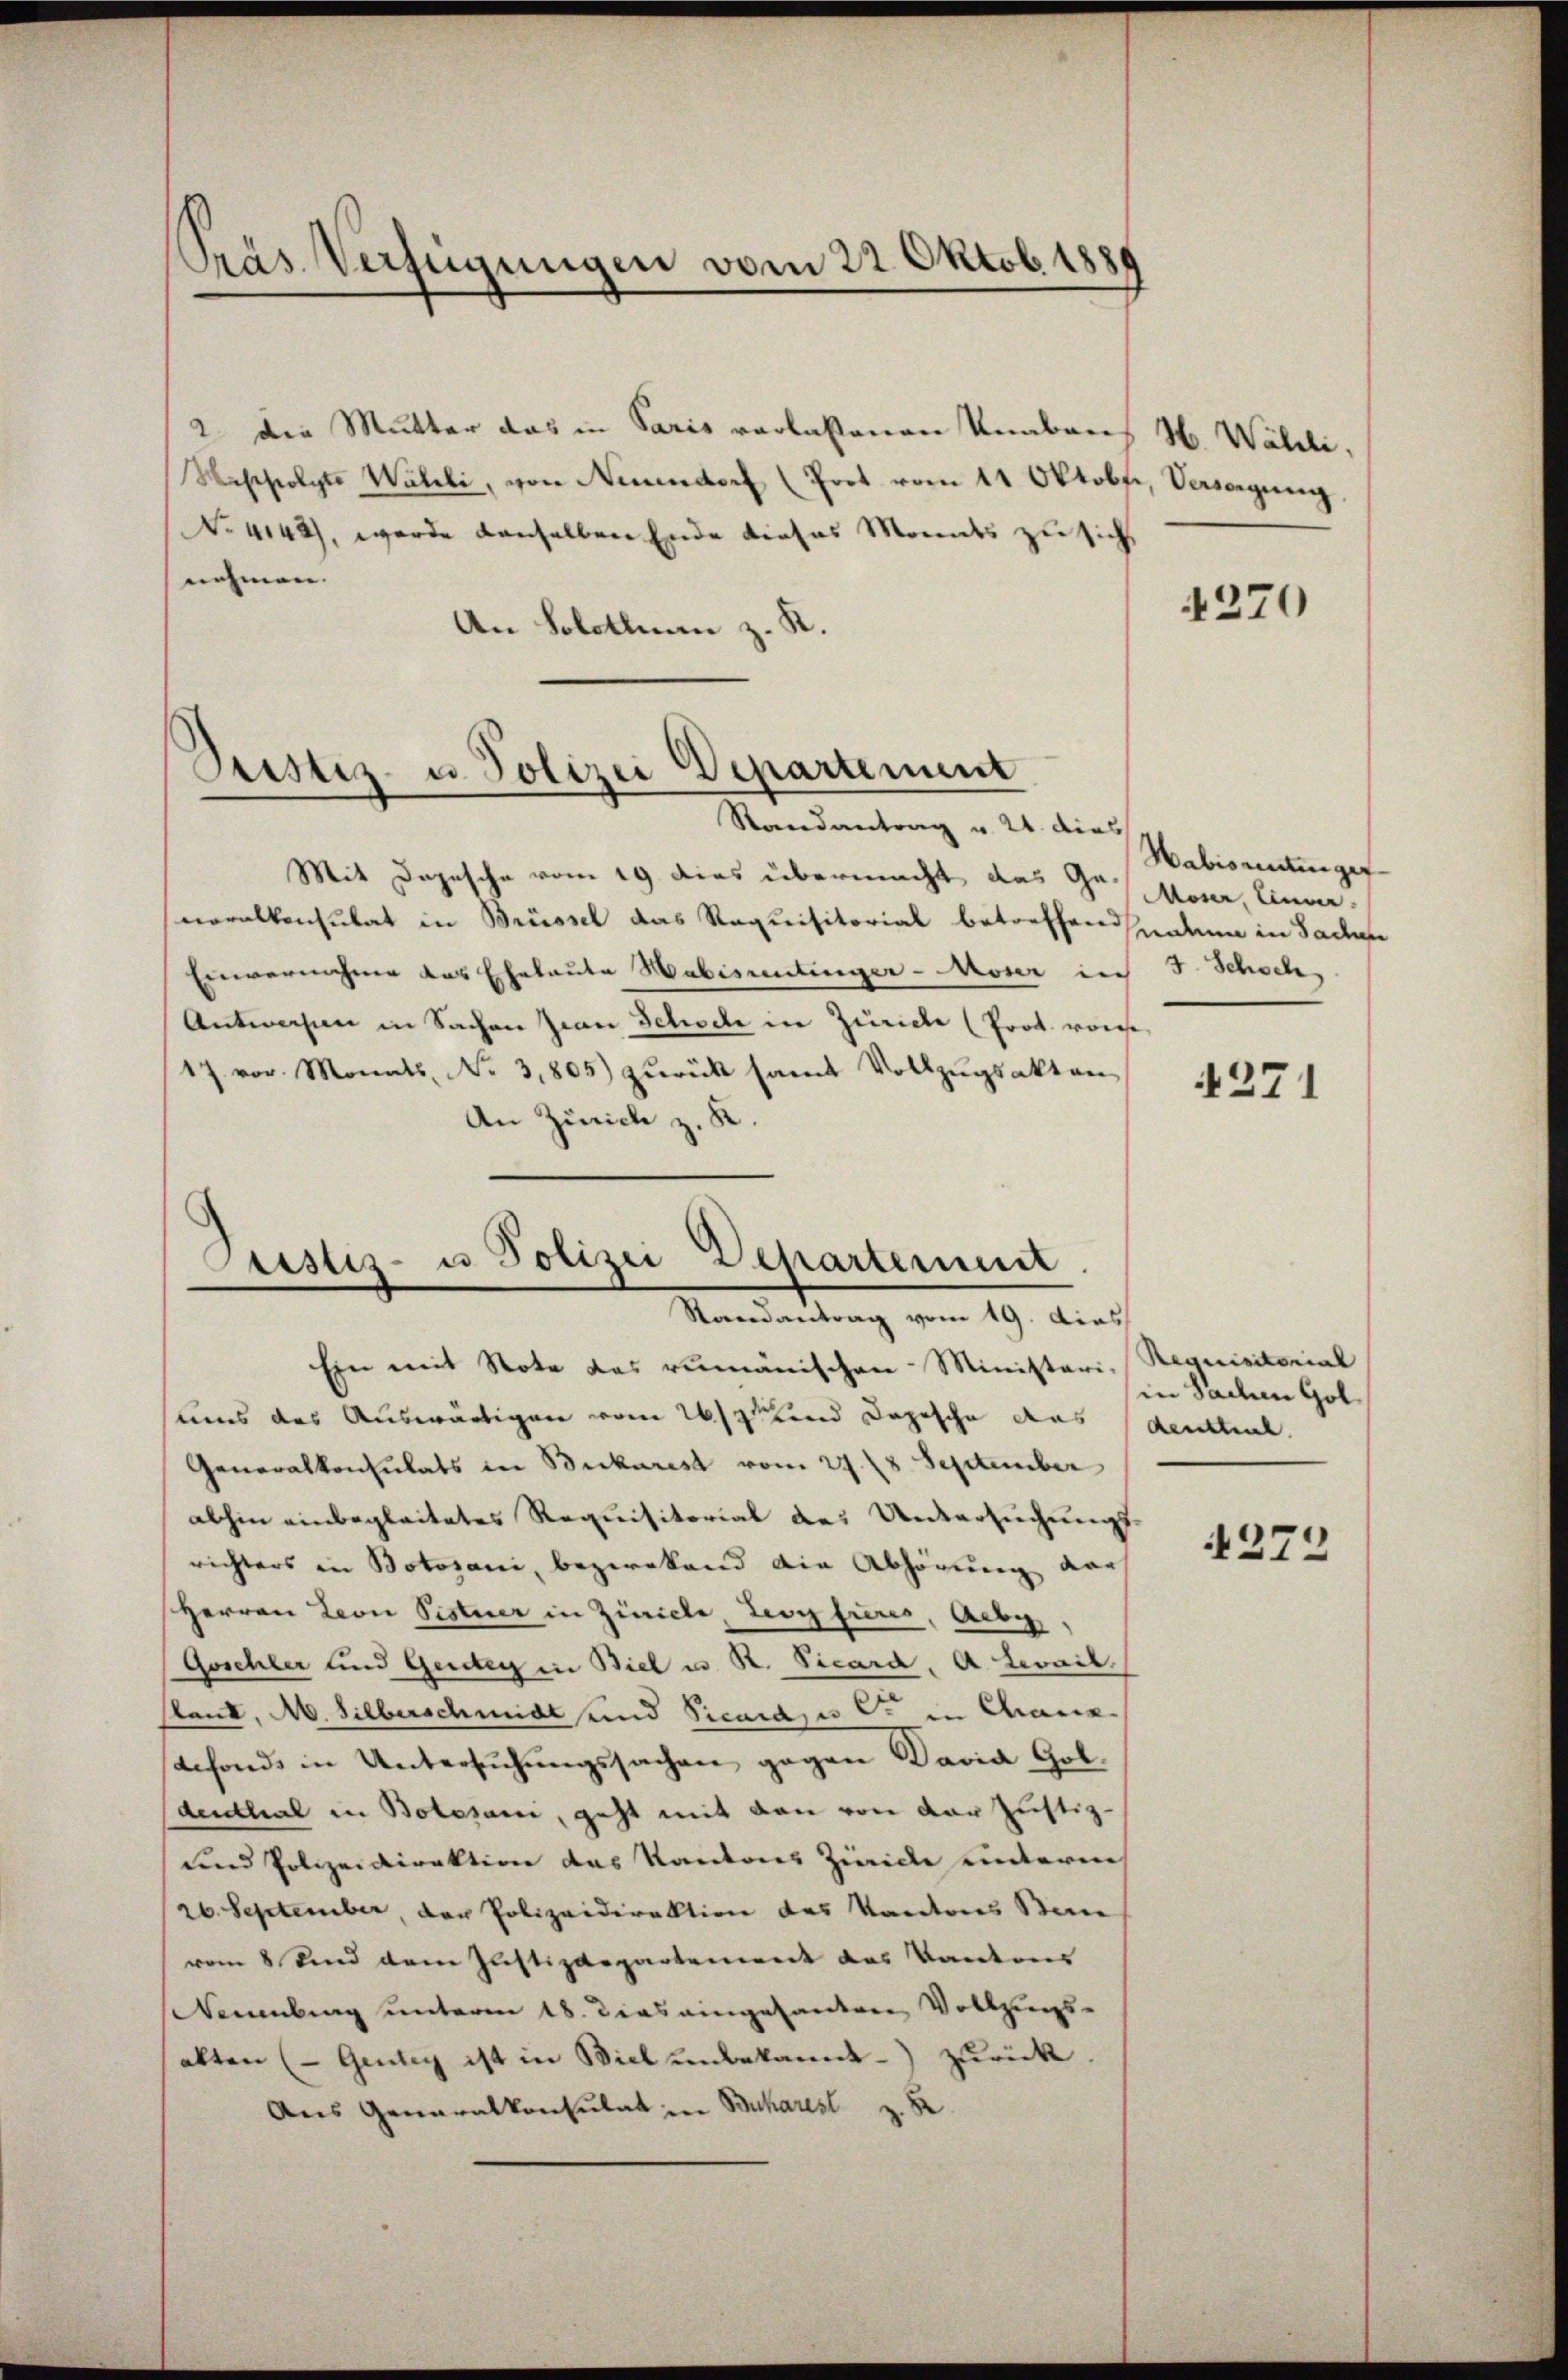
Präs. Verfügungen vom 22. Oktob. 1885

2 die Mutter das in Paris verlassenen Knabens H. Wähli,
Westfolgte Walli, von Neuendorf (Prot. vom 11 Oktobfi, Versorgung
No 4142), werde denselben Ende dieses Monats zu sicht
nehmen. |
An Solothurn z. R.

Justiz- u. Polizei Departement

Randantrag u. 24. dies
Mit Depesche vom 19. dies übermacht das Gr. Moser, Einver
neralkonsulat in Brüssel das Requisitorial betreffendenden in Sachere
Einvernehmer das Eheleute Habisantinger - Moser in 5. Schoch
Antworfen in Sachen Jwan Schode in Zürich (Prot. von
17. vor Monats No 3,805) zurück samt Vollzugsakten
An Zürich z. K.
Ein mit Note das rumänischen Ministeri, Requisitorial
sums des Auswärtigen vom 26ste und Depesche aus
Generalkonsulats in Buckarist vom 27. 28. September
abhin einbegleitetes Requisitorial des Untersuchungs-
richters in Botozani, bezwekend die Abhörung der
Herren Leon Pistner in Zürich, Levy fieres, Aebe
Göschler und Gerbey in Biel in St. Vicard. A. Levail
sland, A. Silberschmidt und Vicarase C in Maneefonds in Untersŭchŭngssachen gegen David Got.
dudthal in Bolosani, geht mit von von der Justiz-
und Polizeidirektion das Kantons Zivide untere
26. September, der Polizeidirektion des Kantons Ban
vom 8. Sind dem Justizdepartement das Kantons
Neuenburg unterm 18. Dies eingesanderen Vollzungs-
alten (Gendig ist in Biel unbekannt.) zurück
Aus Generalkonsulat in Bucharest z. 82

Justiz- u Polizei Departement.
Randantrag vom 19. dies

4270

Habiseitiger

4271

in Sachen Goldensteil.

4274